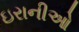
ઇરાનીઓ